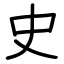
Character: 史